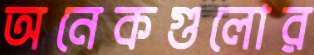
অনেকগুলোর